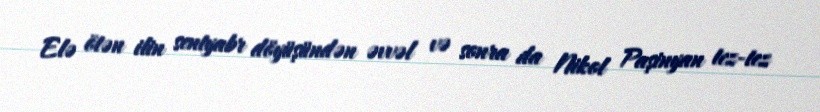
Elə ötən ilin sentyabr döyüşündən əvvəl və sonra da Nikol Paşinyan tez-tez